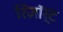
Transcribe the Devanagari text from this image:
रिज़ाॅर्ट